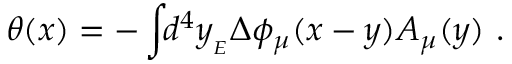
\theta ( x ) = - \int \! \! d ^ { 4 } y _ { _ { E } } \Delta \phi _ { \mu } ( x - y ) A _ { \mu } ( y ) \ .